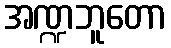
အဏ္ဍဘူတော